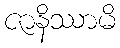
ဇာနိဿာမိ